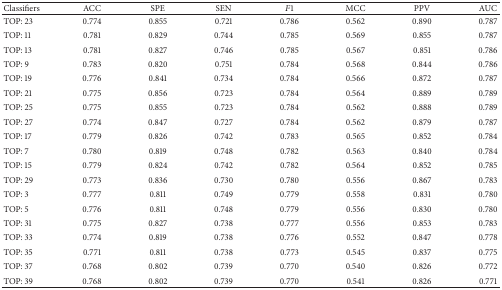
<table><thead><tr><td><b>Classifiers</b></td><td><b>ACC</b></td><td><b>SPE</b></td><td><b>SEN</b></td><td><b><i>F</i>1</b></td><td><b>MCC</b></td><td><b>PPV</b></td><td><b>AUC</b></td></tr></thead><tbody><tr><td>TOP: 23</td><td>0.774 </td><td>0.855 </td><td>0.721 </td><td>0.786 </td><td>0.562 </td><td>0.890 </td><td>0.787</td></tr><tr><td>TOP: 11</td><td>0.781 </td><td>0.829 </td><td>0.744 </td><td>0.785 </td><td>0.569 </td><td>0.855 </td><td>0.787</td></tr><tr><td>TOP: 13</td><td>0.781 </td><td>0.827 </td><td>0.746 </td><td>0.785 </td><td>0.567 </td><td>0.851 </td><td>0.786</td></tr><tr><td>TOP: 9</td><td>0.783 </td><td>0.820 </td><td>0.751 </td><td>0.784 </td><td>0.568 </td><td>0.844 </td><td>0.786</td></tr><tr><td>TOP: 19</td><td>0.776 </td><td>0.841 </td><td>0.734 </td><td>0.784 </td><td>0.566 </td><td>0.872 </td><td>0.787</td></tr><tr><td>TOP: 21</td><td>0.775 </td><td>0.856 </td><td>0.723 </td><td>0.784 </td><td>0.564 </td><td>0.889 </td><td>0.789</td></tr><tr><td>TOP: 25</td><td>0.775 </td><td>0.855 </td><td>0.723 </td><td>0.784 </td><td>0.562 </td><td>0.888 </td><td>0.789</td></tr><tr><td>TOP: 27</td><td>0.774 </td><td>0.847 </td><td>0.727 </td><td>0.784 </td><td>0.562 </td><td>0.879 </td><td>0.787</td></tr><tr><td>TOP: 17</td><td>0.779 </td><td>0.826 </td><td>0.742 </td><td>0.783 </td><td>0.565 </td><td>0.852 </td><td>0.784</td></tr><tr><td>TOP: 7</td><td>0.780 </td><td>0.819 </td><td>0.748 </td><td>0.782 </td><td>0.563 </td><td>0.840 </td><td>0.784</td></tr><tr><td>TOP: 15</td><td>0.779 </td><td>0.824 </td><td>0.742 </td><td>0.782 </td><td>0.564 </td><td>0.852 </td><td>0.785</td></tr><tr><td>TOP: 29</td><td>0.773 </td><td>0.836 </td><td>0.730 </td><td>0.780 </td><td>0.556 </td><td>0.867 </td><td>0.783</td></tr><tr><td>TOP: 3</td><td>0.777 </td><td>0.811 </td><td>0.749 </td><td>0.779 </td><td>0.558 </td><td>0.831 </td><td>0.780</td></tr><tr><td>TOP: 5</td><td>0.776 </td><td>0.811 </td><td>0.748 </td><td>0.779 </td><td>0.556 </td><td>0.830 </td><td>0.780</td></tr><tr><td>TOP: 31</td><td>0.775 </td><td>0.827 </td><td>0.738 </td><td>0.777 </td><td>0.556 </td><td>0.853 </td><td>0.783</td></tr><tr><td>TOP: 33</td><td>0.774 </td><td>0.819 </td><td>0.738 </td><td>0.776 </td><td>0.552 </td><td>0.847 </td><td>0.778</td></tr><tr><td>TOP: 35</td><td>0.771 </td><td>0.811 </td><td>0.738 </td><td>0.773 </td><td>0.545 </td><td>0.837 </td><td>0.775</td></tr><tr><td>TOP: 37</td><td>0.768 </td><td>0.802 </td><td>0.739 </td><td>0.770 </td><td>0.540 </td><td>0.826 </td><td>0.772</td></tr><tr><td>TOP: 39</td><td>0.768 </td><td>0.802 </td><td>0.739 </td><td>0.770 </td><td>0.541 </td><td>0.826 </td><td>0.771</td></tr></tbody></table>